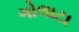
ગોલાટા